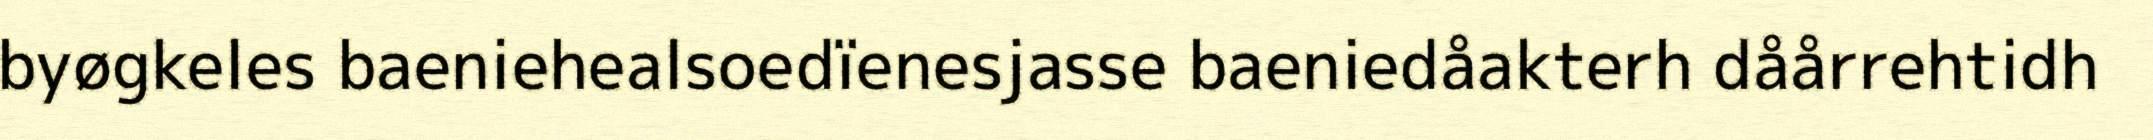
byøgkeles baeniehealsoedïenesjasse baeniedåakterh dåårrehtidh